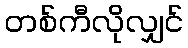
တစ်ကီလိုလျှင်